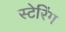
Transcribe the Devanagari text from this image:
स्टेरिंग